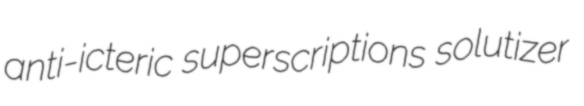
anti-icteric superscriptions solutizer